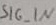
Text: SIG_N